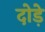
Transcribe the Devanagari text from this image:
दोड़े